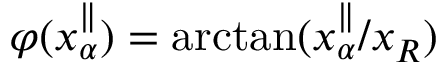
\varphi ( x _ { \alpha } ^ { \parallel } ) = \arctan ( x _ { \alpha } ^ { \parallel } / x _ { R } )